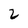
Character: 2